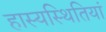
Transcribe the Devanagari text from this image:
हास्यस्थितियां